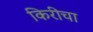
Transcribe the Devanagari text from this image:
किरीचा